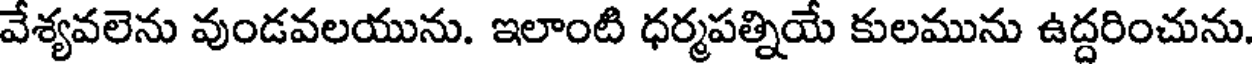
వేశ్యవలెను వుండవలయును. ఇలాంటి ధర్మపత్నియే కులమును ఉద్దరించును